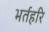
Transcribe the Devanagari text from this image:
भर्तहरि